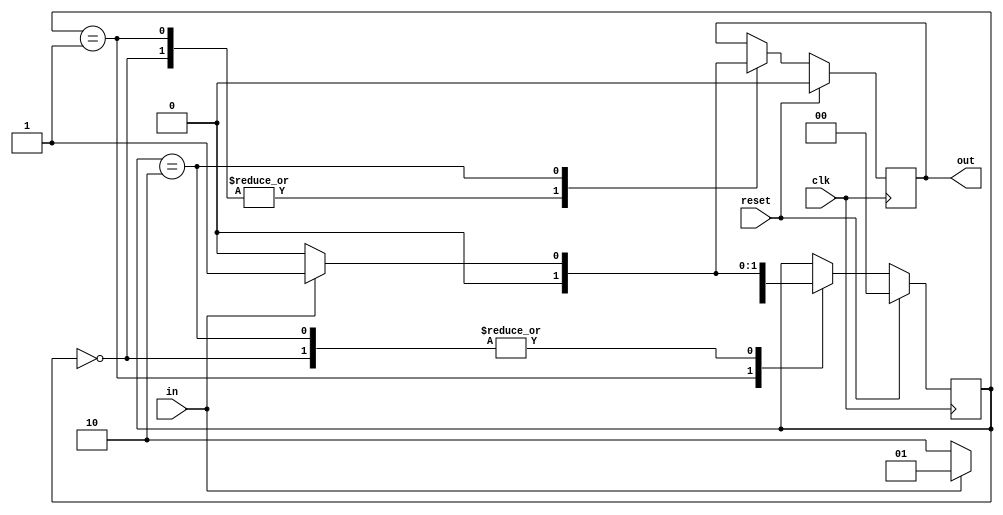
//Verilog Code for 101 Sequence Detector (Mealey Machine Overlapping)
module fsm_detector_mealeyo(
    input in,
    input clk,
    input reset,
    output reg out
    );
 // Registers to hold the current and next states
  reg [1:0]currentstate;
  reg [1:0]nextstate;
  
 //parameters representing different states 
    parameter s0=2'b00;
    parameter s1=2'b01;
    parameter s2=2'b10;
    

 always@(posedge clk)
    begin
      if(reset)
       begin
        out=1'b0;
        currentstate=1'b0;
        nextstate=1'b0;
       end
       else
        begin
        currentstate=nextstate;
        
        case(currentstate)
        
        s0: if(in) // Check if input is true
            begin
             out=1'b0; // Set output to 0
             nextstate=s1; // Transition to state s1
            end
            else
            begin
             out=1'b0; // Set output to 0
             nextstate=s0; // Stay in state s0
            end
            
        s1: if(in) // Check if input is true
            begin
             out=1'b0; // Set output to 0
             nextstate=s1; // Stay in state s1
            end
            else
            begin
             out=1'b0; // Set output to 0
             nextstate=s2; // Transition to state s2
            end
        s2: if(in) // Check if input is true
            begin
             out=1'b1; // Set output to 1
             nextstate=s1; // Transition to state s1
            end
            else
            begin
             out=1'b0; // Set output to 0
             nextstate=s0; // Transition to state s0
            end
        endcase
     end
end
endmodule